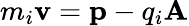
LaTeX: m_{i}{\mathbf v}={\mathbf p}-q_{i}{\mathbf A}